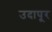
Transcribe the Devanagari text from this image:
उदापूर